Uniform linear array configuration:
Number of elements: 32
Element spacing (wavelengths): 1
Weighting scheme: blackman
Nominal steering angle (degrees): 45
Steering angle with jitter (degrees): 45.996
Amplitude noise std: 0.05
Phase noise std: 0.05

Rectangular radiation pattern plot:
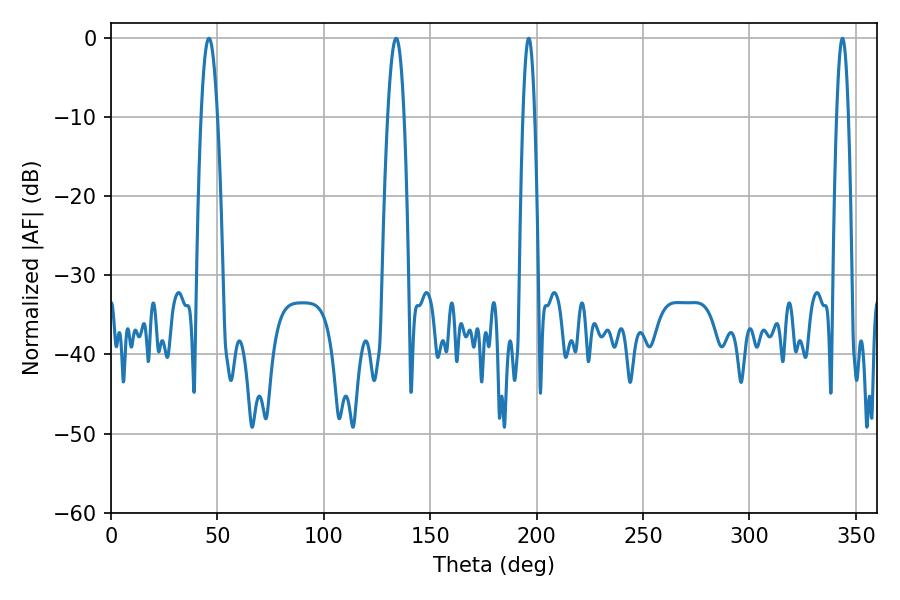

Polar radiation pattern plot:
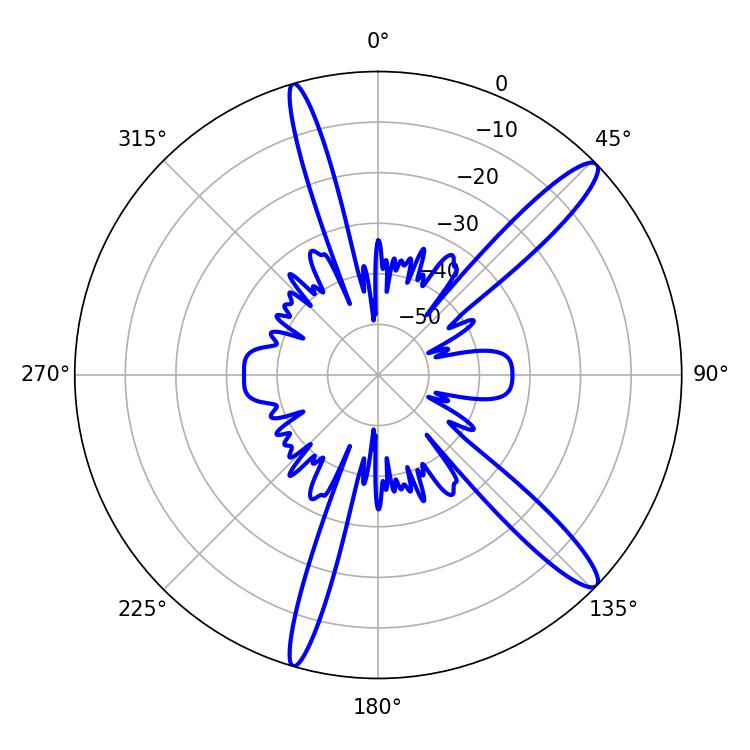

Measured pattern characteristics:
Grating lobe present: TRUE
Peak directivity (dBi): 13.823
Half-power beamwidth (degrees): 4.32
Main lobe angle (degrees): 46.08